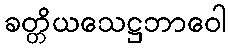
ခတ္တိယသေဋ္ဌဘာဝေါ